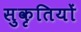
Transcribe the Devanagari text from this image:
सुकृतियों